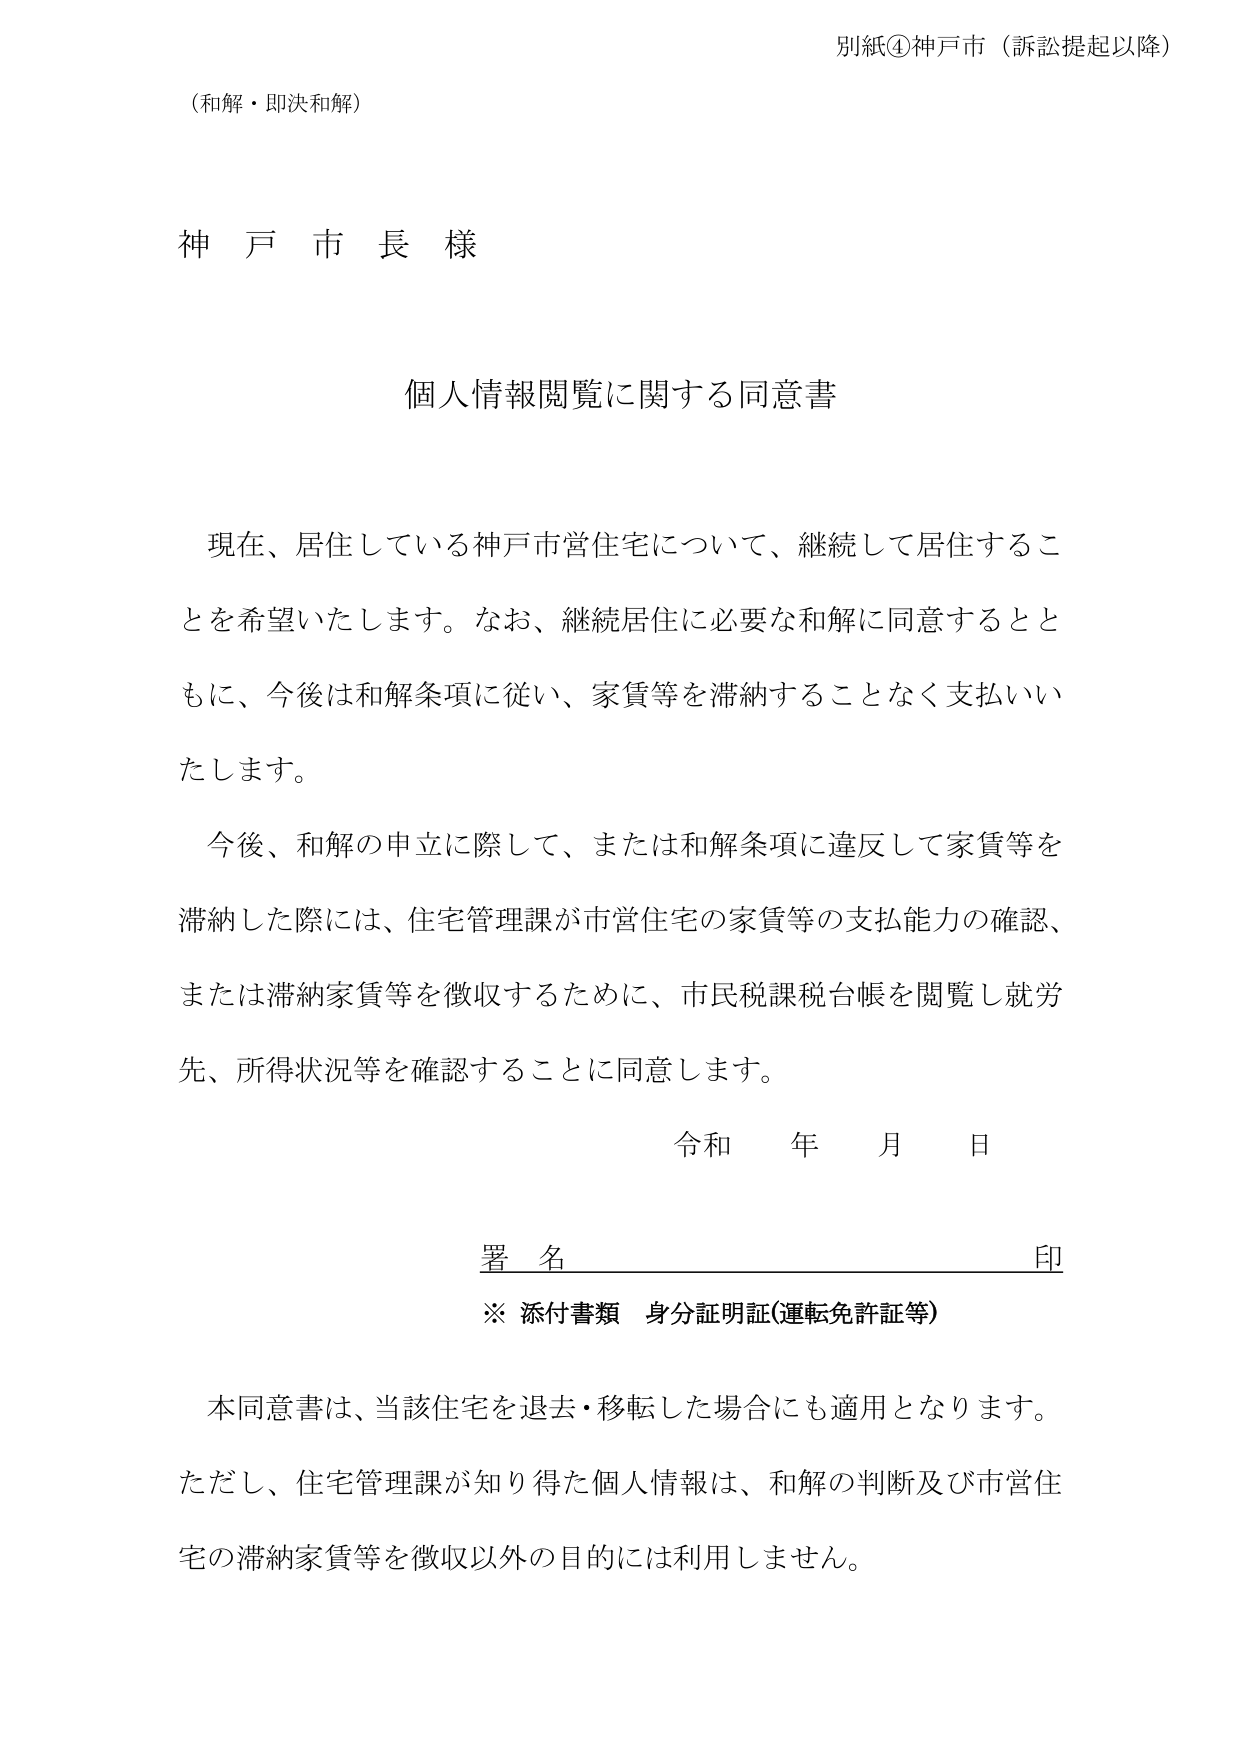
別紙④神戸市（訴訟提起以降）

（和解・即決和解）

神戸市長様

個人情報閲覧に関する同意書

現在、居住している神戸市営住宅について、継続して居住することを希望いたします。なお、継続居住に必要な和解に同意するとともに、今後は和解条項に従い、家賃等を滞納することなく支払いたします。

今後、和解の申立に際して、または和解条項に違反して家賃等を滞納した際には、住宅管理課が市営住宅の家賃等の支払能力の確認、または滞納家賃等を徴収するために、市民税課税台帳を閲覧し就労先、所得状況等を確認することに同意します。

令和 年 月 日

署名 印

※ 添付書類 身分証明証（運転免許証等）

本同意書は、当該住宅を退去・移転した場合にも適用となります。

ただし、住宅管理課が知り得た個人情報は、和解の判断及び市営住宅の滞納家賃等を徴収以外の目的には利用しません。